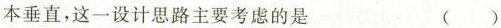
本垂直，这一设计思路主要考虑的是 ( )